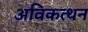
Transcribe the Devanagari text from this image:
अविकत्थन